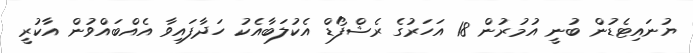
ޔުނައިޓެޑުން ބުނީ އުމުރުން 18 އަހަރުގެ ރެޝްފޯޑް އެކުލަބާއެކު ހަދާފައިވާ އެއްބައްވުން އާކުރީ